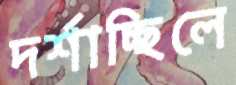
দর্শাচ্ছিলে